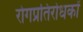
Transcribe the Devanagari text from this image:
रोगप्रतिरोधकों